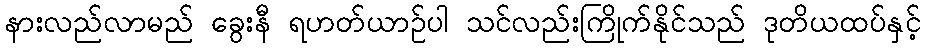
နားလည်လာမည် ခွေးနီ ရဟတ်ယာဉ်ပါ သင်လည်းကြိုက်နိုင်သည် ဒုတိယထပ်နှင့်